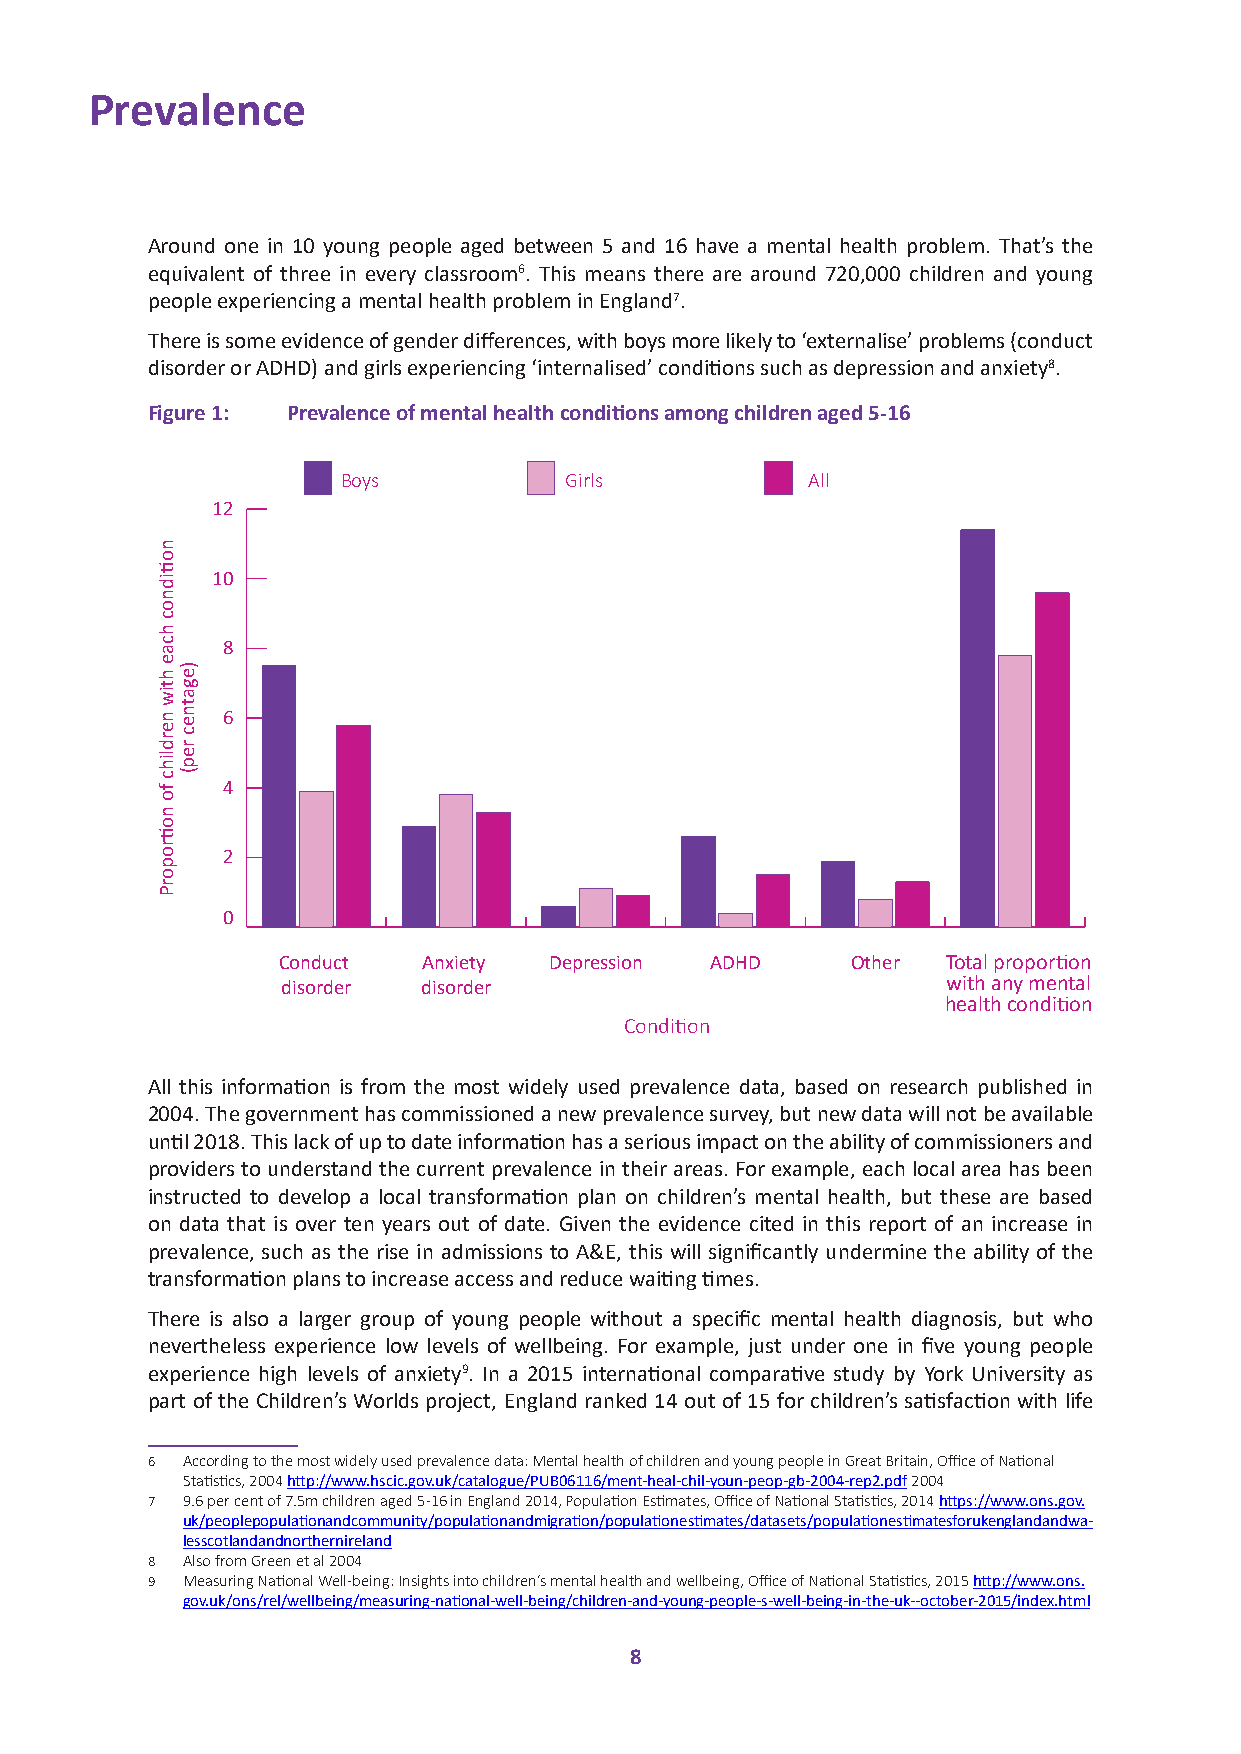
Prevalence
 Around one in 10 young people aged between 5 and 16 have a mental health problem. That’s the
 equivalent of three in every classroom6. This means there are around 720,000 children and young
 people experiencing a mental health problem in England7.
 There is some evidence of gender differences, with boys more likely to ‘externalise’ problems (conduct
 disorder or ADHD) and girls experiencing ‘internalised’ conditions such as depression and anxiety8.
 Figure 1: Prevalence of mental health conditions among children aged 5-16
 Boys          Girls           All
 12
 10
 8
 6
 4
 2
 0
 Conduct   Anxiety Depression ADHD     Other  TAontayl c p roonpdoitirotinon
 disorder disorder                           with any mental
 health condition
 Condition
 All this information is from the most widely used prevalence data, based on research published in
 2004. The government has commissioned a new prevalence survey, but new data will not be available
 until 2018. This lack of up to date information has a serious impact on the ability of commissioners and
 providers to understand the current prevalence in their areas. For example, each local area has been
 instructed to develop a local transformation plan on children’s mental health, but these are based
 on data that is over ten years out of date. Given the evidence cited in this report of an increase in
 prevalence, such as the rise in admissions to A&E, this will significantly undermine the ability of the
 transformation plans to increase access and reduce waiting times.
 There is also a larger group of young people without a specific mental health diagnosis, but who
 nevertheless experience low levels of wellbeing. For example, just under one in five young people
 experience high levels of anxiety9. In a 2015 international comparative study by York University as
 part of the Children’s Worlds project, England ranked 14 out of 15 for children’s satisfaction with life
 6 According to the most widely used prevalence data: Mental health of children and young people in Great Britain, Office of National
 Statistics, 2004 http://www.hscic.gov.uk/catalogue/PUB06116/ment-heal-chil-youn-peop-gb-2004-rep2.pdf 2004
 7 9.6 per cent of 7.5m children aged 5-16 in England 2014, Population Estimates, Office of National Statistics, 2014 https://www.ons.gov.
 uk/peoplepopulationandcommunity/populationandmigration/populationestimates/datasets/populationestimatesforukenglandandwa-
 lesscotlandandnorthernireland
 8 Also from Green et al 2004
 9 Measuring National Well-being: Insights into children’s mental health and wellbeing, Office of National Statistics, 2015 http://www.ons.
 gov.uk/ons/rel/wellbeing/measuring-national-well-being/children-and-young-people-s-well-being-in-the-uk--october-2015/index.html
 8
 notiidnoc
 hcae
 htiw
 nerdlihc
 fo
 notiroporP
 )egatnec
 rep(